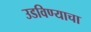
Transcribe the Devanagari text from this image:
उडविण्याचा